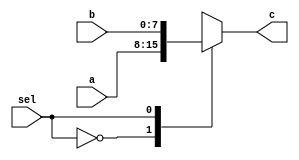
module mux21_8(sel,a,b,c);

output[7:0] c;
input[7:0] a,b;
input sel;

reg [7:0] c;

always@(sel or a or b)
      case(sel)
          1'b0: c=a;
          1'b1: c=b;          
      endcase

endmodule